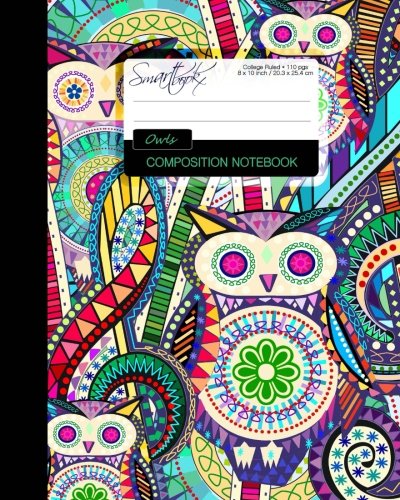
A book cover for Owls Composition Notebook: College Ruled Writer's Notebook for School / Teacher / Office / Student [ Perfect Bound * Large * Carnival ] (Composition Books - Animal Series); smART bookx; Sports & Outdoors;